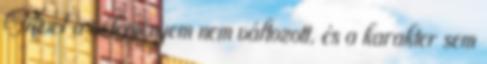
Mivel a véleményem nem változott, és a karakter sem